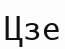
Цзе